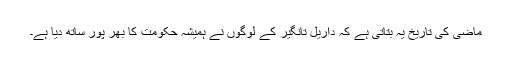
ماضی کی تاریخ یہ بتاتی ہے کہ داریل تانگیر کے لوگوں نے ہمیشہ حکومت کا بھر پور ساتھ دیا ہے۔